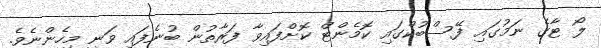
ލޯ ޓާގެ ނަމުގައި ފޭސްބުކްގައި ކޮމެންޓް ކޮށްފައިވާ ފަރާތުން ބުނެފައި ވަނީ މިހެންނެވެ.